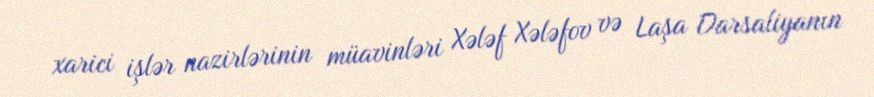
xarici işlər nazirlərinin müavinləri Xələf Xələfov və Laşa Darsaliyanın